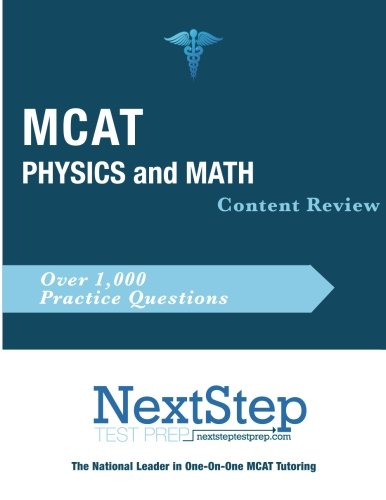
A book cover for MCAT Physics and Math: Content Review for the Revised MCAT; Bryan Schnedeker; Test Preparation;